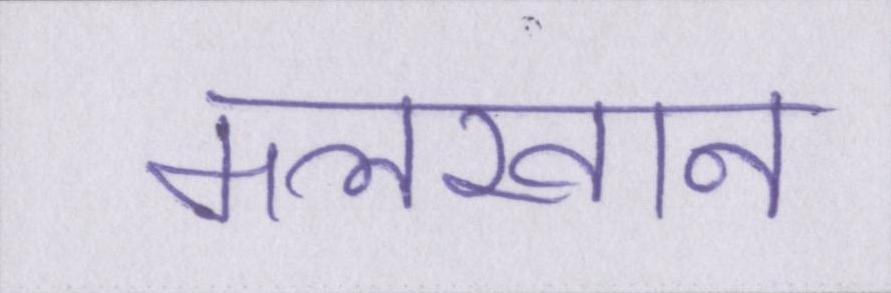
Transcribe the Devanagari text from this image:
मलखान